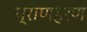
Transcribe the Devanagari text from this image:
प्राणहरण